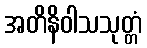
အတိနိဝါသသုတ္တံ